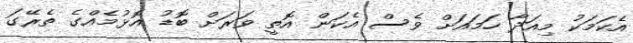
އެކަމަކު މިއަދާ ހަމައަށް ވެސް އެކަން އޮތީ ވަރަށް ބޮޑު އޮޅުމެއްގެ ތެރޭގަ